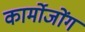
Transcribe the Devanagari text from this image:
कार्मोजोंग